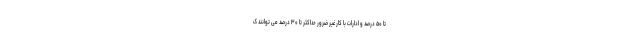
تا ۵۰ درصد و ادارات با کار غیر ضرور حداکثر تا ۳۰ درصد می توانند ک